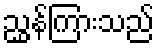
ညွှန်ကြားသည်